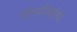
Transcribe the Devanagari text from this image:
गोरगरिबांचा